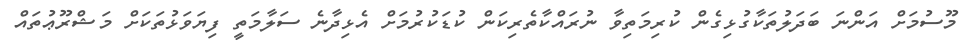
މޫސުމަށް އަންނަ ބަދަލުތަކާގުޅިގެން ކުރިމަތިވާ ނުރައްކާތެރިކަން ކުޑަކުރުމަށް އެޅިދާނެ ސަލާމަތީ ފިޔަވަޅުތަކަށް މަޝްރޫޢުތައް